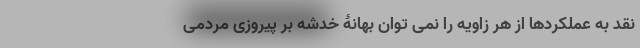
نقد به عملکردها از هر زاویه را نمی توان بهانۀ خدشه بر پیروزی مردمی